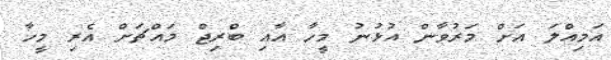
އަމިއްލަ އަށް މަރުވާން އުޅުނު މީހާ އާއި ބްރިޖް މައްޗަށް އެރި މީހާ